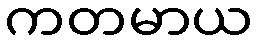
ကတမာယ